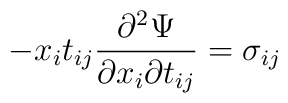
- x_i t_{ij} \frac{\partial^{2} \Psi}{\partial x_i \partial t_{ij}} =\sigma_{ij}